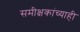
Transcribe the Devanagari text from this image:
समीक्षकांच्याही